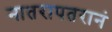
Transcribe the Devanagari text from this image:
नातरापतरानं